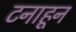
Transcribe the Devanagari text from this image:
टनाहून